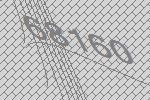
68160